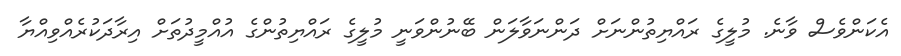
އެކަންވެސް ވާނެ. މުލީގެ ރައްޔިތުންނަށް ދަންނަވާލަން ބޭނުންވަނީ މުލީގެ ރައްޔިތުންގެ އުއްމީދުތަށް އިރާދަކުރެއްވިއްޔާ